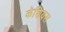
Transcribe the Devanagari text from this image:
कॅशियस